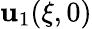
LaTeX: \mathbf{u}_{1}(\xi,0)